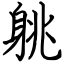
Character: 䠷